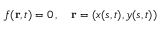
f ( \mathbf { r } , t ) = 0 \, , \quad \mathbf { r } = ( x ( s , t ) , y ( s , t ) )